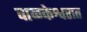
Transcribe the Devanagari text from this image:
वाळकेश्वरात